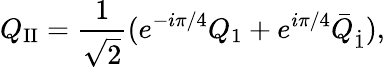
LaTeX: Q_{\mathrm{II}}=\frac{1}{\sqrt{2}}(e^{-i\pi/4}Q_{1}+e^{i\pi/4}\bar{Q}_{\dot{1}}),